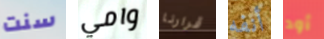
سنت وامي قرارنا أنفه أود